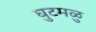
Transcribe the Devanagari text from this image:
घुटमळु